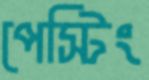
পেস্টিং